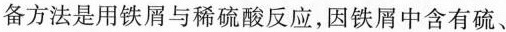
备方法是用铁屑与稀硫酸反应，因铁屑中含有硫、